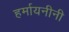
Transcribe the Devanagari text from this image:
हर्मायनीनी